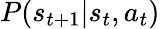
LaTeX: \textstyle P(s_{t+1}|s_{t},a_{t})